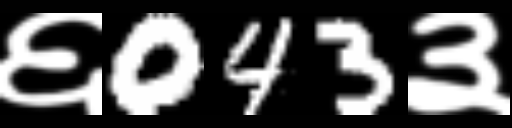
Text: ६043३